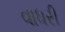
વાધરી